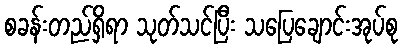
စခန်းတည်ရှိရာ သုတ်သင်ပြီး သပြေချောင်းအုပ်စု